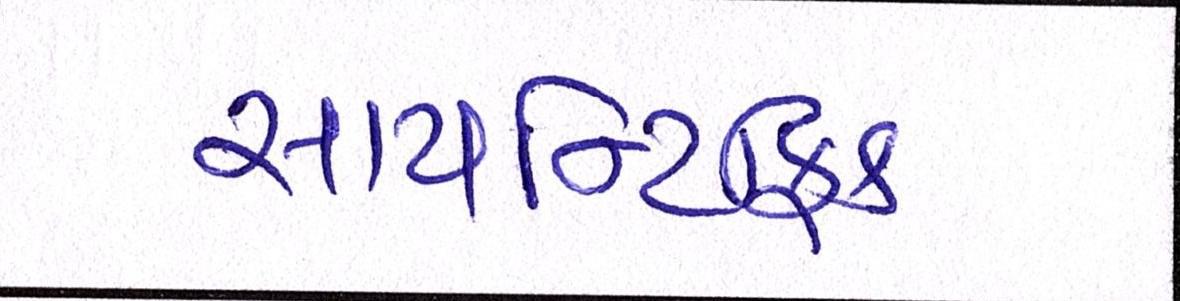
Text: સાયન્ટિફિક